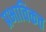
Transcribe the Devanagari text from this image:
प्रभाविकत